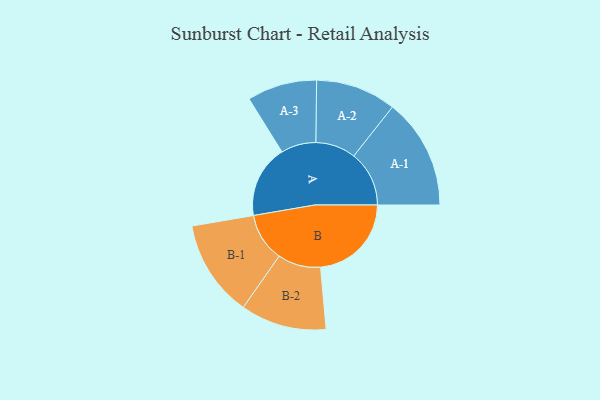
{"axis": {"x": "Segment", "y": "Value"}, "legend": ["", "A", "B"], "data": [{"x": "A", "y": 370, "type": ""}, {"x": "B", "y": 463, "type": ""}, {"x": "A-1", "y": 282, "type": "A"}, {"x": "A-2", "y": 205, "type": "A"}, {"x": "A-3", "y": 178, "type": "A"}, {"x": "B-1", "y": 247, "type": "B"}, {"x": "B-2", "y": 219, "type": "B"}]}